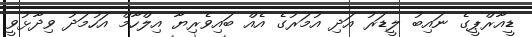
ޑީއާރްޕީގެ ނައިބު ލީޑަރު އަދި އުމަރުގެ އެއް ބައިވެރިޔާ އިލްހާމް އަހުމަދު ވިދާޅުވީ